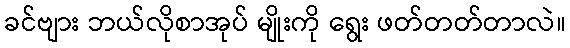
ခင်ဗျား ဘယ်လိုစာအုပ် မျိုးကို ရွေး ဖတ်တတ်တာလဲ။